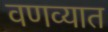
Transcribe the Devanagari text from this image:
वणव्यात